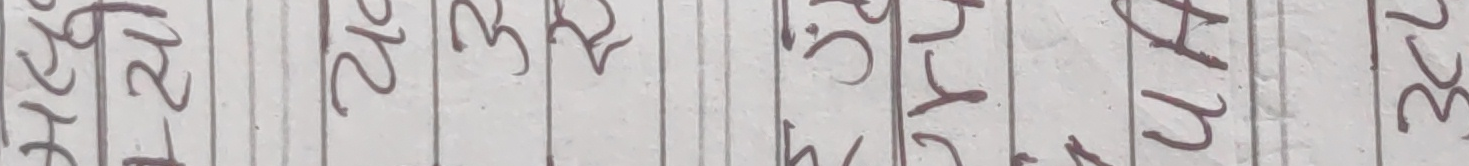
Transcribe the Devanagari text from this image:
२७५ २0६ २१४ २३५ २४० २५१ २६२ २७३ २८४